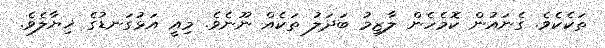
ތަކެކެވެ. ގެނައުން ކޮމެހެން ލާޒިމު ބަދަލު ތަކެއް ނޫނެވެ. މިއީ އަޅުގަނޑުގެ ޚިޔާލެވެ.